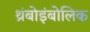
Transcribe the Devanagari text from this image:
थ्रंबोइंबोलिक